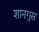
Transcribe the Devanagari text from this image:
शानगुस